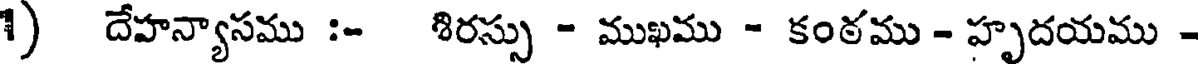
1) దేహన్యాసము :- శిరస్సు - ముఖము - కంఠము - హృదయము -